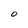
Character: O